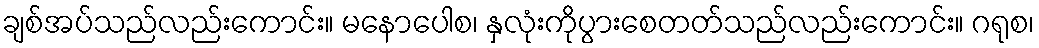
ချစ်အပ်သည်လည်းကောင်း။ မနောပေါစ၊ နှလုံးကိုပွားစေတတ်သည်လည်းကောင်း။ ဂရုစ၊